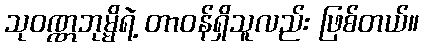
သုဝဏ္ဏဘုမ္မိရဲ့ တာဝန်ရှိသူလည်း ဖြစ်တယ်။